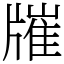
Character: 𤗯